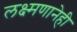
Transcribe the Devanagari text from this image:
लक्ष्मणानेही